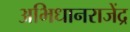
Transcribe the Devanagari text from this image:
अभिधानराजेंद्र